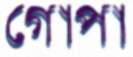
গোপা